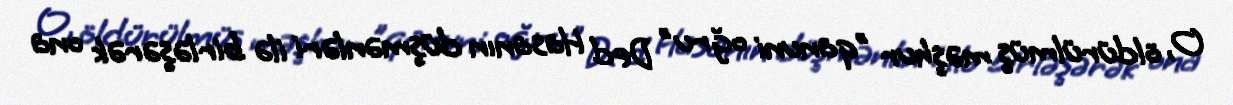
O, öldürülmüş məşhur "qanuni oğru" Ded Hasanın düşmənləri ilə birləşərək ona